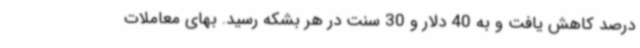
درصد کاهش یافت و به 40 دلار و 30 سنت در هر بشکه رسید. بهای معاملات